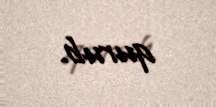
qurub.